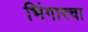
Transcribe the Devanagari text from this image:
भिंगारचा